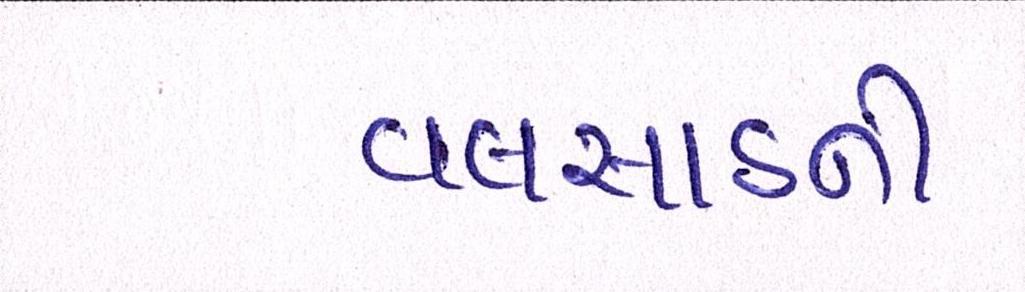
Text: વલસાડથી